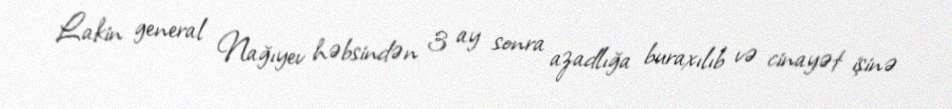
Lakin general Nağıyev həbsindən 3 ay sonra azadlığa buraxılıb və cinayət işinə